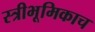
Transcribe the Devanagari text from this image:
स्त्रीभूमिकाच